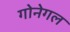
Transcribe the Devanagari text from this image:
गोनेगल